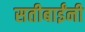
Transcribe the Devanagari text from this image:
सतीबाईंनी